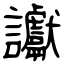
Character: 讞